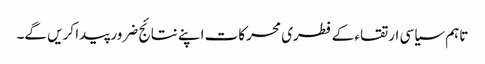
تاہم سیاسی ارتقاء کے فطری محرکات اپنے نتائج ضرور پیدا کریں گے۔